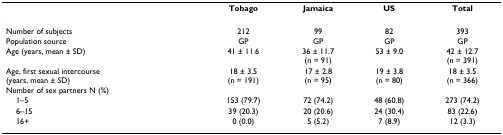
<table><thead><tr><td></td><td><b>Tobago</b></td><td><b>Jamaica</b></td><td><b>US</b></td><td><b>Total</b></td></tr></thead><tbody><tr><td>Number of subjects</td><td>212</td><td>99</td><td>82</td><td>393</td></tr><tr><td>Population source</td><td>GP</td><td>GP</td><td>GP</td><td>GP</td></tr><tr><td>Age (years, mean ± SD)</td><td>41 ± 11.6</td><td>36 ± 11.7(n = 91)</td><td>53 ± 9.0</td><td>42 ± 12.7(n = 391)</td></tr><tr><td>Age, first sexual intercourse(years, mean ± SD)</td><td>18 ± 3.5(n = 191)</td><td>17 ± 2.8(n = 95)</td><td>19 ± 3.8(n = 80)</td><td>18 ± 3.5(n = 366)</td></tr><tr><td>Number of sex partners N (%)</td><td></td><td></td><td></td><td></td></tr><tr><td> 1–5</td><td>153 (79.7)</td><td>72 (74.2)</td><td>48 (60.8)</td><td>273 (74.2)</td></tr><tr><td> 6–15</td><td>39 (20.3)</td><td>20 (20.6)</td><td>24 (30.4)</td><td>83 (22.6)</td></tr><tr><td> 16+</td><td>0 (0.0)</td><td>5 (5.2)</td><td>7 (8.9)</td><td>12 (3.3)</td></tr></tbody></table>